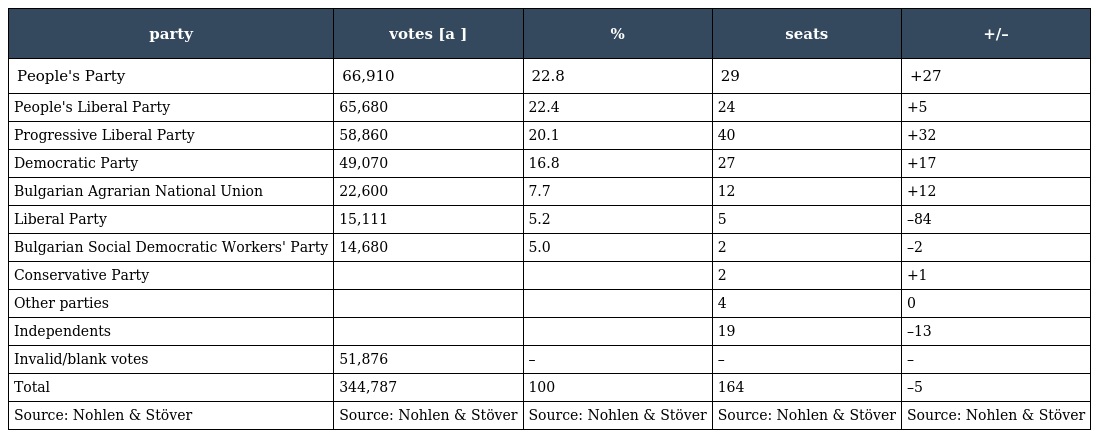
| party | votes [a ] | % | seats | +/– |
 | --- | --- | --- | --- | --- |
 | People's Party | 66,910 | 22.8 | 29 | +27 |
 | People's Liberal Party | 65,680 | 22.4 | 24 | +5 |
 | Progressive Liberal Party | 58,860 | 20.1 | 40 | +32 |
 | Democratic Party | 49,070 | 16.8 | 27 | +17 |
 | Bulgarian Agrarian National Union | 22,600 | 7.7 | 12 | +12 |
 | Liberal Party | 15,111 | 5.2 | 5 | –84 |
 | Bulgarian Social Democratic Workers' Party | 14,680 | 5.0 | 2 | –2 |
 | Conservative Party |  |  | 2 | +1 |
 | Other parties |  |  | 4 | 0 |
 | Independents |  |  | 19 | –13 |
 | Invalid/blank votes | 51,876 | – | – | – |
 | Total | 344,787 | 100 | 164 | –5 |
 | Source: Nohlen & Stöver | Source: Nohlen & Stöver | Source: Nohlen & Stöver | Source: Nohlen & Stöver | Source: Nohlen & Stöver |